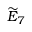
{ \widetilde { E } } _ { 7 }